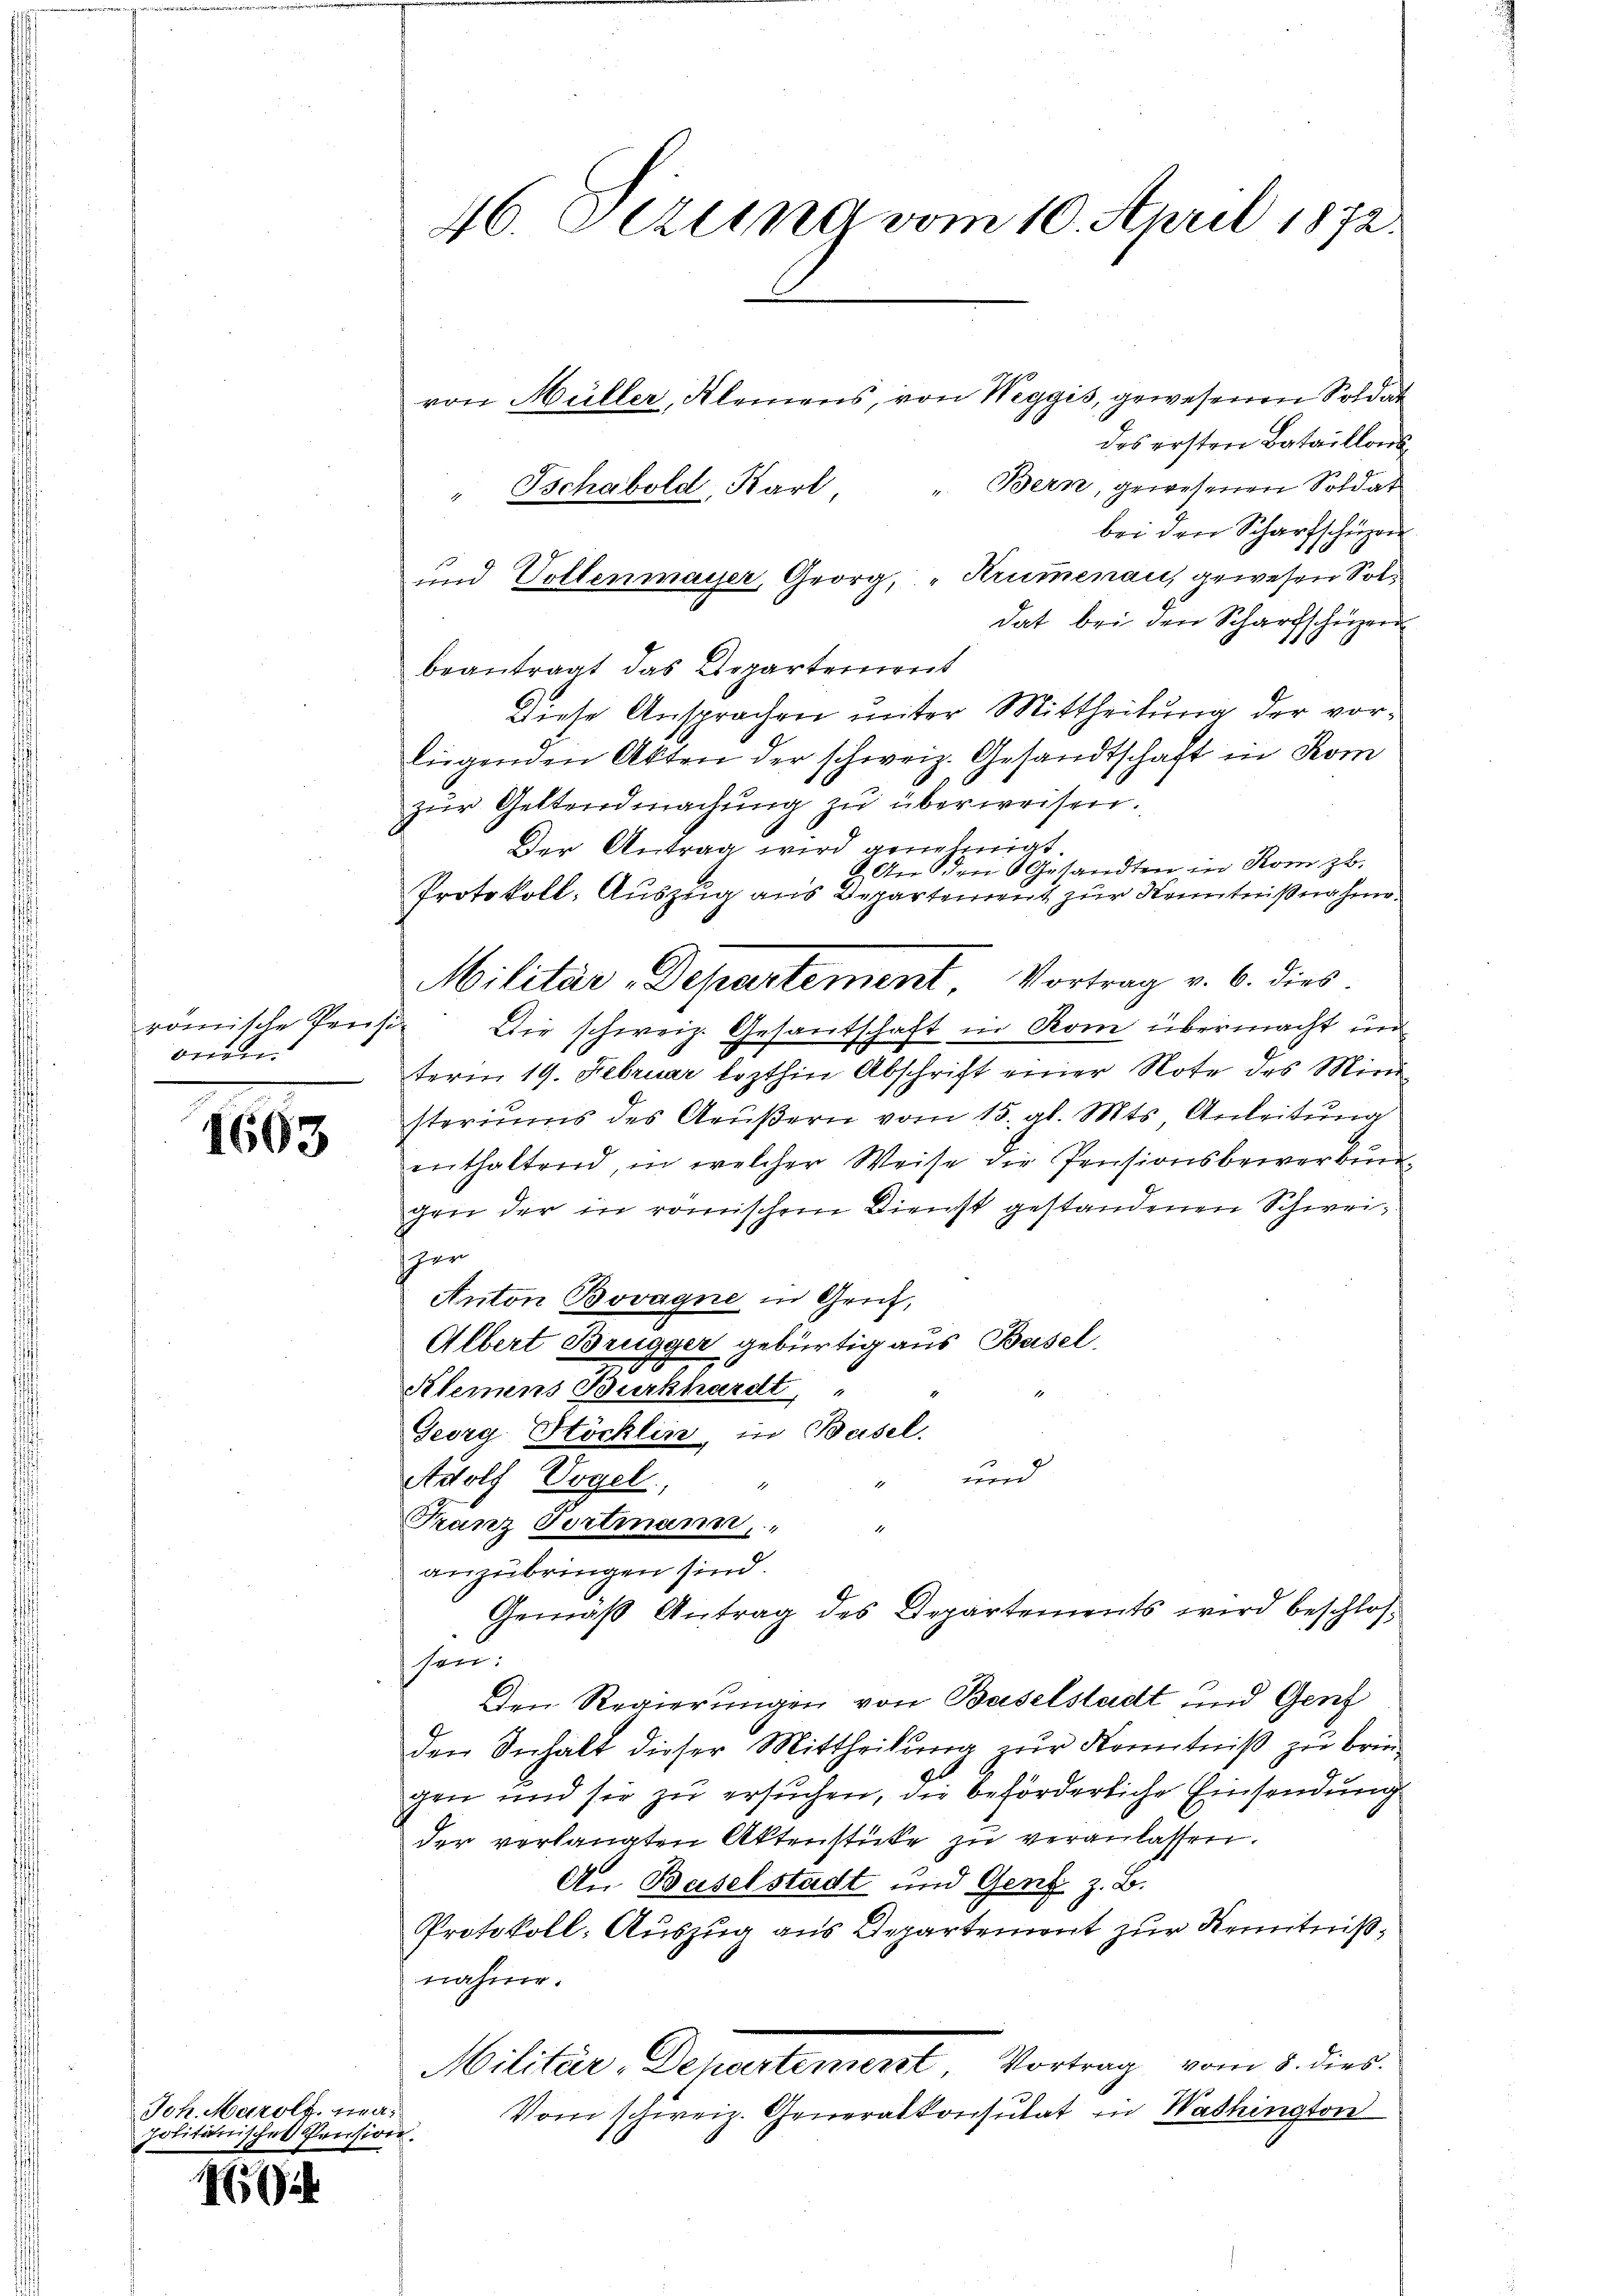
onen.

1665

von Hüller, Kleinens, von Weggis, gewesenen Soldat
das ersten Bataillons
" Schabold, Karl Bern, gewesenen Soldat
bei den Scharfschüzen
und Vollenmayer, Georg, "Krumenau, gewesen Soldat bei den Scharfschüzer
beantragt das Departement
Diese Ansprachen unter Mittheilung der vorliegenden Akten der schweiz. Gesandtschaft in Kom
zŭr Geltendmachŭng zu überweisen.
Der Antrag wird genehmigt.
An den Gesandten in Rom zu.
Protokoll: Auszug aus Departement zur Kenntnißnahme
Militär-Departement Vortrag v. 6. dies
römische Pensi. Die schweiz. Gesantschaft in Rom übermacht und
term 19. Februar lezthin Abschrift einer Note des Mini
steriums des Aeußern vom 15. gl. Mts. Anleitung
enthaltend, in welcher Weise die Pensionsbewerbungen der in römischen Dienst gestandenen Schweisher
Anton Bovagne in Grich,
Albert Brugger gebürtig aus Basel.
d
Kleinens Burkhardt, "
Georg Stöcklin, in Basel.
unnd
Adolf Vogel,
Franz Tortmann, " "
anzubringen sind.
Gemäß Antrag des Departements wird beschloshen.
Den Regierungen von Baselstadt und Genz
den Inhalt dieser Mittheilung zur Kenntniß zu bringen und sie zu ersuchen, die beförderliche Einsendung
der verlangten Aktenstücke zu veranlassen.
An Baselstadt und Genf z. B.
Protokoll-Auszug aus Departement zur Kenntnißnahme.
Militär-Departement, Vortrag vom 8. dies
Vom schweiz. Generalkonsulat in Washington

Joh. Marolf, na-
politanisches Pension.

5

46. Oerling vom 10. April 1872.